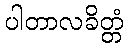
ပါတာလခိတ္တံ